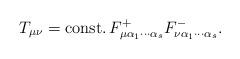
LaTeX: \begin{align*}T_{\mu \nu }={\rm const.}\, F_{\mu \alpha _{1}\cdots \alpha _{s}}^{+}F_{\nu\alpha _{1}\cdots \alpha _{s}}^{-}.\end{align*}